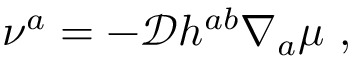
\nu ^ { a } = - \mathcal { D } h ^ { a b } \nabla _ { a } \mu ~ ,